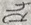
Text: R4